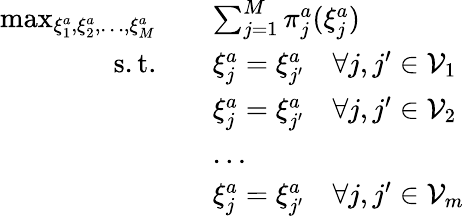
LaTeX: \begin{array}{rl}{\operatorname*{max}_{\xi_{1}^{a},\xi_{2}^{a},\dots,\xi_{M}^{a}}\quad}&{\sum_{j=1}^{M}\pi_{j}^{a}(\xi_{j}^{a})}\\ {\mathrm{s.t.}\quad}&{\xi_{j}^{a}=\xi_{j^{\prime}}^{a}\quad\forall j,j^{\prime}\in\mathcal{V}_{1}}\\ &{\xi_{j}^{a}=\xi_{j^{\prime}}^{a}\quad\forall j,j^{\prime}\in\mathcal{V}_{2}}\\ &{\dots}\\ &{\xi_{j}^{a}=\xi_{j^{\prime}}^{a}\quad\forall j,j^{\prime}\in\mathcal{V}_{m}}\end{array}